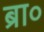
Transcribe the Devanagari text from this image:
ब्रा०